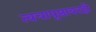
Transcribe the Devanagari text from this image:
त्वचापृष्ठावरही